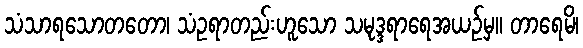
သံသာရသောတတော၊ သံဥရာတည်းဟူသော သမုဒ္ဒရာရေအယဉ်မှ။ တာရေမိ၊